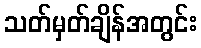
သတ်မှတ်ချိန်အတွင်း